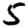
Digit: 5